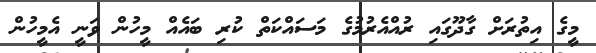
މީގެ އިތުރަށް ގާދޫގައި ރުއްއެރުމުގެ މަސައްކަތް ކުރި ބައެއް މީހުން ވަނީ އެމީހުން